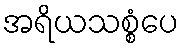
အရိယသစ္စံပေ